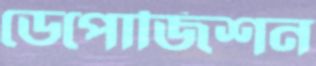
ডেপোজিশন